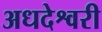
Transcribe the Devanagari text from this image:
अधदेश्वरी